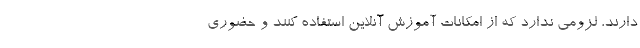
دارند، لزومی ندارد که از امکانات آموزش آنلاین استفاده کنند و حضوری